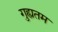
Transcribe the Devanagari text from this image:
गुह्यतम